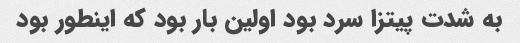
به شدت پیتزا سرد بود اولین بار بود که اینطور بود